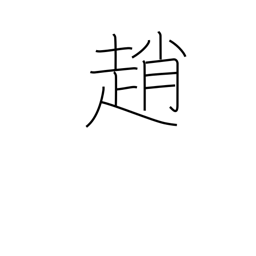
Meaning: late-going